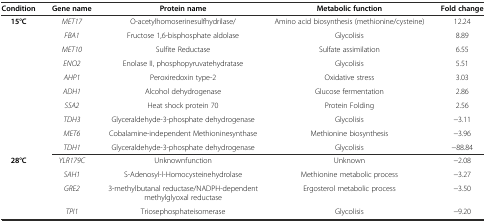
<table><thead><tr><td><b>Condition</b></td><td><b>Gene name</b></td><td><b>Protein name</b></td><td><b>Metabolic function</b></td><td><b>Fold change</b></td></tr></thead><tbody><tr><td rowspan="10"><b>15°C</b></td><td><i>MET17</i></td><td>O-acetylhomoserinesulfhydrilase/</td><td>Amino acid biosynthesis (methionine/cysteine)</td><td>12.24</td></tr><tr><td><i>FBA1</i></td><td>Fructose 1,6-bisphosphate aldolase</td><td>Glycolisis</td><td>8.89</td></tr><tr><td><i>MET10</i></td><td>Sulfite Reductase</td><td>Sulfate assimilation</td><td>6.55</td></tr><tr><td><i>ENO2</i></td><td>Enolase II, phosphopyruvatehydratase</td><td>Glycolisis</td><td>5.51</td></tr><tr><td><i>AHP1</i></td><td>Peroxiredoxin type-2</td><td>Oxidative stress</td><td>3.03</td></tr><tr><td><i>ADH1</i></td><td>Alcohol dehydrogenase</td><td>Glucose fermentation</td><td>2.86</td></tr><tr><td><i>SSA2</i></td><td>Heat shock protein 70</td><td>Protein Folding</td><td>2.56</td></tr><tr><td><i>TDH3</i></td><td>Glyceraldehyde-3-phosphate dehydrogenase</td><td>Glycolisis</td><td>-3.11</td></tr><tr><td><i>MET6</i></td><td>Cobalamine-independent Methioninesynthase</td><td>Methionine biosynthesis</td><td>-3.96</td></tr><tr><td><i>TDH1</i></td><td>Glyceraldehyde-3-phosphate dehydrogenase</td><td>Glycolisis</td><td>-88.84</td></tr><tr><td rowspan="4"><b>28°C</b></td><td><i>YLR179C</i></td><td>Unknownfunction</td><td>Unknown</td><td>-2.08</td></tr><tr><td><i>SAH1</i></td><td>S-Adenosyl-l-Homocysteinehydrolase</td><td>Methionine metabolic process</td><td>-3.27</td></tr><tr><td><i>GRE2</i></td><td>3-methylbutanal reductase/NADPH-dependent methylglyoxal reductase</td><td>Ergosterol metabolic process</td><td>-3.50</td></tr><tr><td><i>TPI1</i></td><td>Triosephosphateisomerase</td><td>Glycolisis</td><td>-9.20</td></tr></tbody></table>